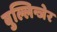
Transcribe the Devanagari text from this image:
बुल्लिन्जेर